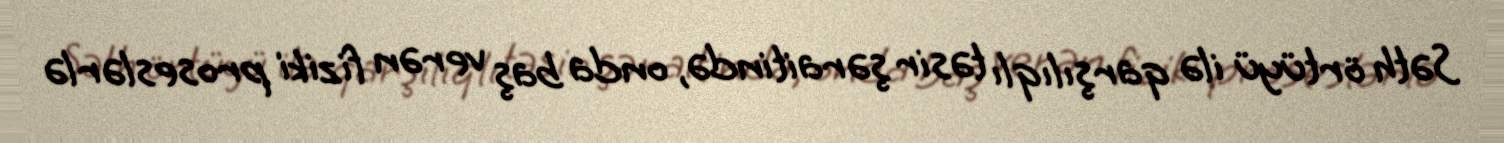
Səth örtüyü ilə qarşılıqlı təsir şəraitində, onda baş verən fiziki proseslərlə